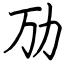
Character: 劢